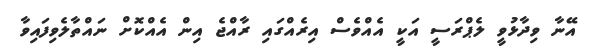
އޭނާ ވިދާޅުވީ ލެޕްރަސީ އަކީ އެއްވެސް އިރެއްގައި ރާއްޖެ އިން އެއްކޮށް ނައްތާލެވިފައިވާ